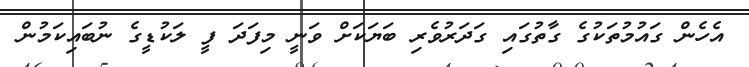
އެހެން ގައުމުތަކުގެ ގާތުގައި ގަދަރުވެރި ބަޔަކަށް ވަނީ މިފަދަ ފީ ލަކުޑީގެ ނުބައިކަމުން